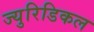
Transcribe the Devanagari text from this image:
ज्युरिडिकल